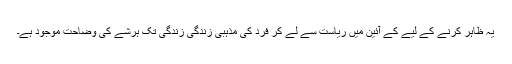
یہ ظاہر کرنے کے لیے کے آئین میں ریاست سے لے کر فرد کی مذہبی زندگی زندگی تک ہرشے کی وضاحت موجود ہے۔